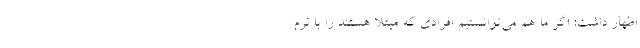
اظهار داشت: اگر ما هم می‌توانستیم افرادی که مبتلا هستند را با نرم